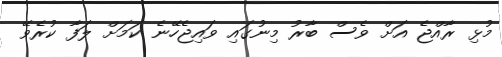
މުޅި ރާއްޖެ އަށް ވެސް ބާރު މިނުގައި ވައިޖެހޭނެ ކަމަށް ލަފާ ކުރެވޭ